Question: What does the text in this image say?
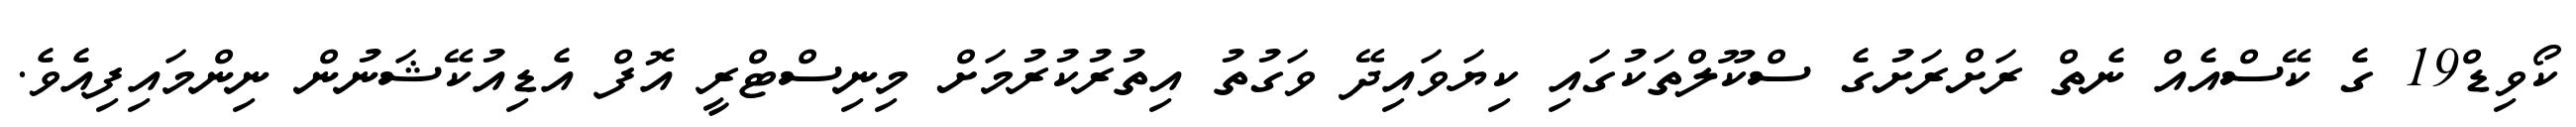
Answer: ކޯވިޑް19 ގެ ކޭސްއެއް ނެތް ރަށްރަށުގެ ސްކޫލްތަކުގައި ކިޔަވައިދޭ ވަގުތު އިތުރުކުރުމަށް މިނިސްޓްރީ އޮފް އެޑިއުކޭޝަނުން ނިންމައިފިއެވެ.